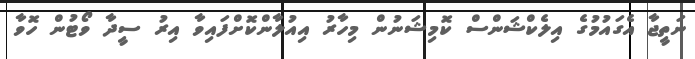
ނަތީޖާ އެގައުމުގެ އިލެކްޝަންސް ކޮމިޝަނުން މިހާރު އިއުލާންކޮށްފައިވާ އިރު ސީދާ ވޯޓުން ހޮވާ